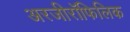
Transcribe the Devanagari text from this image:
अरजीरॉफिलिक